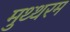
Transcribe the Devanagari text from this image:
मुथ्थरम